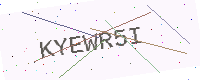
Text: KYEWR5I